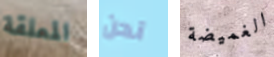
المعلقة نحن الغميضة